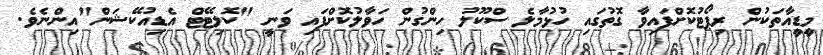
މީޑީއާތަކުން ރިޕޯޓުކޮށްފައިވާ ގޮތުގައި ހުޅުމާލެ ސްކޫލު ހިންގުން ހަވާލުކޮށްފައި ވަނީ "ކޮލިޓޭޓް އެޑިއުކޭޝަން"އިންނެވެ.